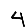
Digit: 4